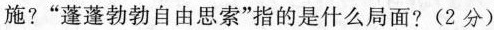
施?”蓬蓬勃勃自由思索”指的是什么局面?(2分)